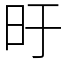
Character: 旴